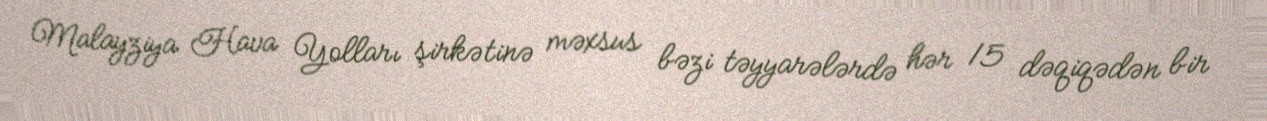
Malayziya Hava Yolları şirkətinə məxsus bəzi təyyarələrdə hər 15 dəqiqədən bir